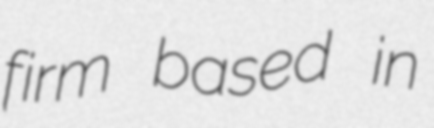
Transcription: firm based in